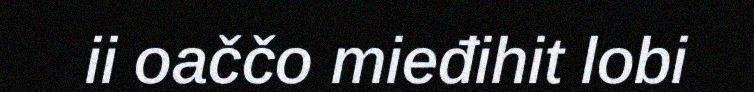
ii oaččo mieđihit lobi